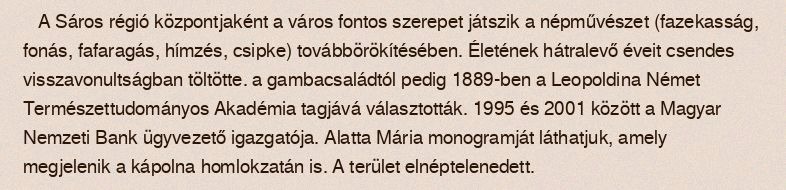
A Sáros régió központjaként a város fontos szerepet játszik a népművészet (fazekasság, fonás, fafaragás, hímzés, csipke) továbbörökítésében. Életének hátralevő éveit csendes visszavonultságban töltötte. a gambacsaládtól pedig 1889-ben a Leopoldina Német Természettudományos Akadémia tagjává választották. 1995 és 2001 között a Magyar Nemzeti Bank ügyvezető igazgatója. Alatta Mária monogramját láthatjuk, amely megjelenik a kápolna homlokzatán is. A terület elnéptelenedett.